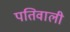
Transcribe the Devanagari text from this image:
पतिवाली